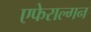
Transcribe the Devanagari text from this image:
एफेराल्गन